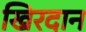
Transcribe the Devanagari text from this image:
खिरदान